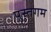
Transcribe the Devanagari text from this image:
पुस्तगम